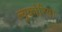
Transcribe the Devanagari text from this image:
ल्यूकोरिया